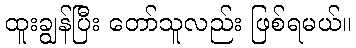
ထူးချွန်ပြီး တော်သူလည်း ဖြစ်ရမယ်။